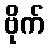
ဗိုက်